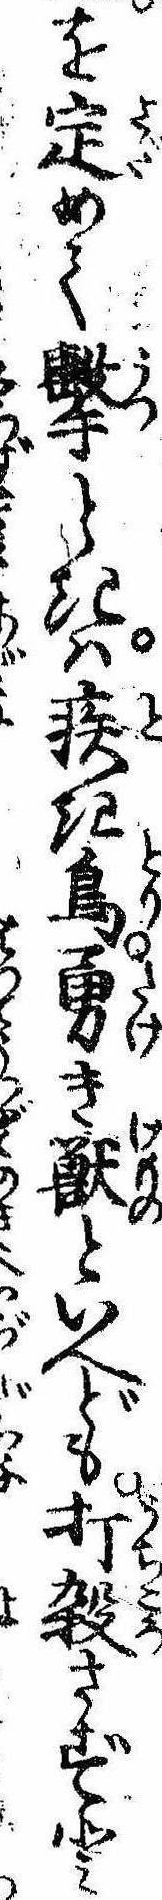
を定めて撃ときは疾き鳥勇き獣といへども打殺さずと